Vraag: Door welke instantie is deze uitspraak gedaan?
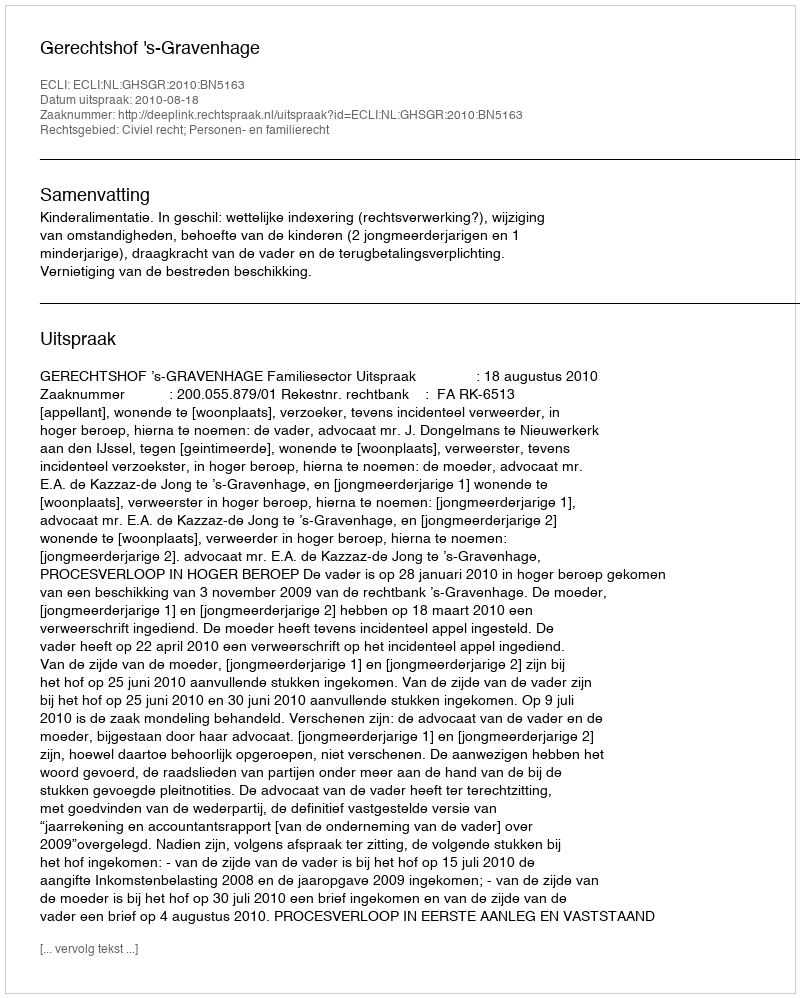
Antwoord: Gerechtshof 's-Gravenhage